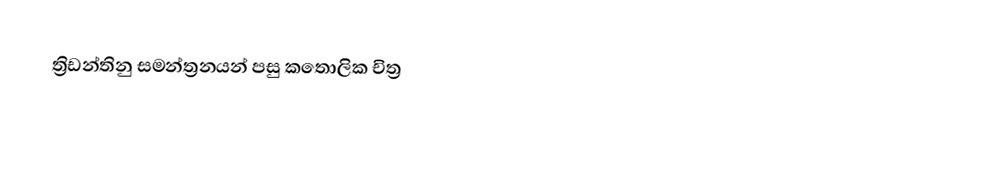
ත්‍රිඩන්තිනු සමන්ත්‍රනයන් පසු කතොලික චිත්‍ර